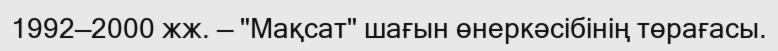
1992—2000 жж. — "Мақсат" шағын өнеркәсібінің төрағасы.